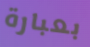
بعبارة